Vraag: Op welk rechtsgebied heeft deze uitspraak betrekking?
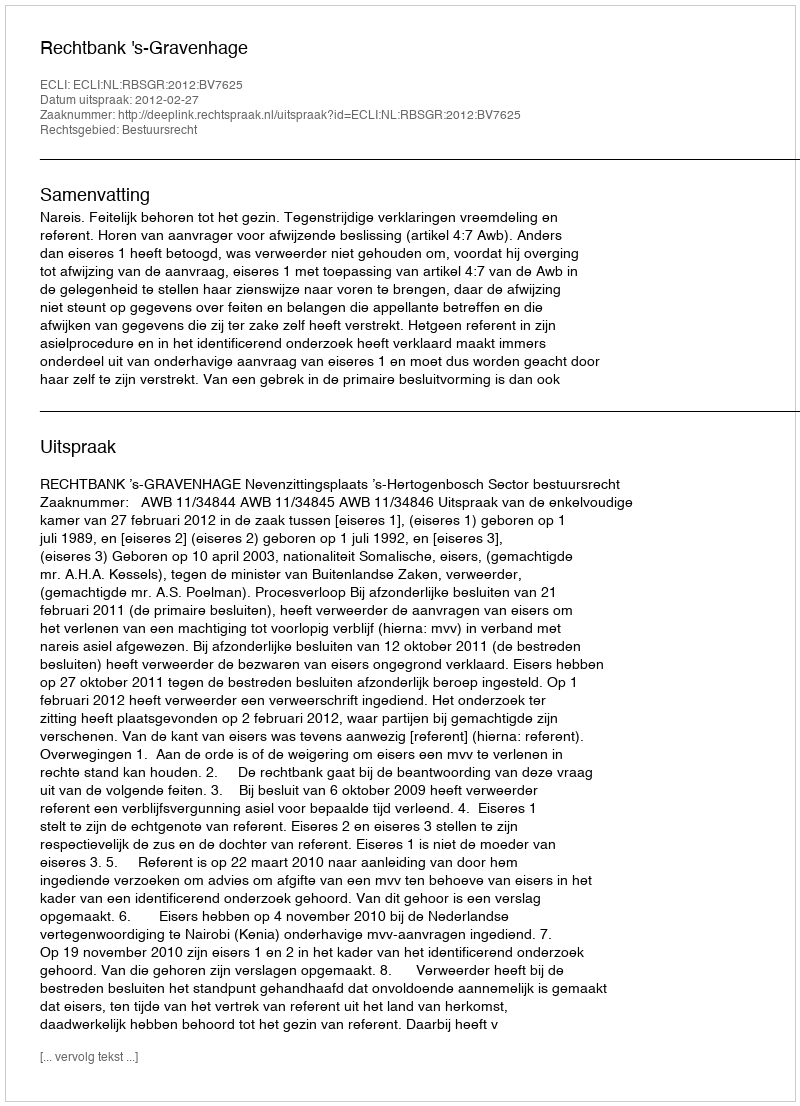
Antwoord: Bestuursrecht